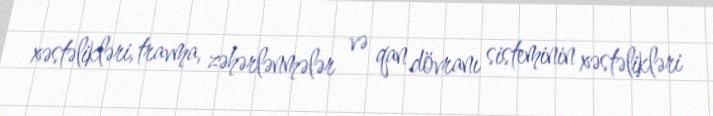
xəstəlikləri, travma, zəhərlənmələr və qan dövranı sisteminin xəstəlikləri